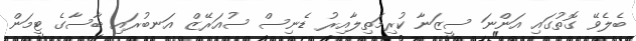
ބެލެވޭ ގޮތުގައި އަންނަ ސީޒަނާ ކުރިމަތިލާއިރު ޑެނިސް ސުއަރޭޒް އަނބުރައި ބާސާގެ ޓީމަން